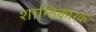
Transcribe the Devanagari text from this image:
शान्तिकारक